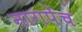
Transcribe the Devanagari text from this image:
नागपेंच